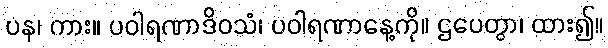
ပန၊ ကား။ ပဝါရဏာဒိဝသံ၊ ပဝါရဏာနေ့ကို။ ဌပေတွာ၊ ထား၍။